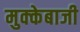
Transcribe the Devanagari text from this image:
मुक्‍केबाजी